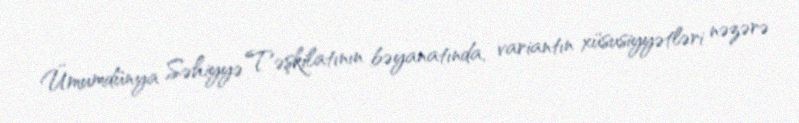
Ümumdünya Səhiyyə Təşkilatının bəyanatında, variantın xüsusiyyətləri nəzərə